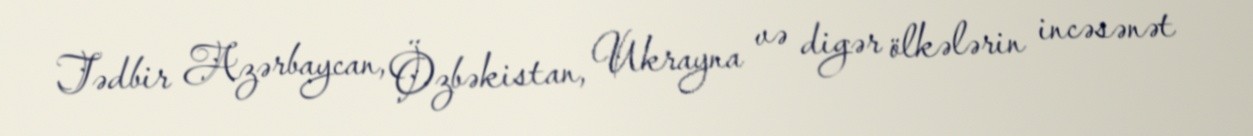
Tədbir Azərbaycan, Özbəkistan, Ukrayna və digər ölkələrin incəsənət